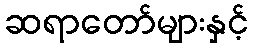
ဆရာတော်များနှင့်